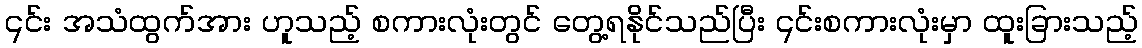
၎င်း အသံထွက်အား ဟူသည့် စကားလုံးတွင် တွေ့ရနိုင်သည်ပြီး ၎င်းစကားလုံးမှာ ထူးခြားသည့်